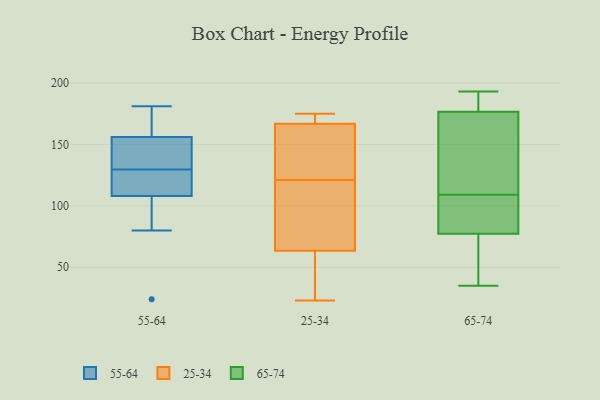
{"axis": {"x": "Demand Index", "y": "Value"}, "legend": ["25-34", "55-64", "65-74"], "data": [{"x": "", "y": 158, "type": "55-64"}, {"x": "", "y": 80, "type": "55-64"}, {"x": "", "y": 149, "type": "55-64"}, {"x": "", "y": 104, "type": "55-64"}, {"x": "", "y": 181, "type": "55-64"}, {"x": "", "y": 154, "type": "55-64"}, {"x": "", "y": 137, "type": "55-64"}, {"x": "", "y": 122, "type": "55-64"}, {"x": "", "y": 178, "type": "55-64"}, {"x": "", "y": 24, "type": "55-64"}, {"x": "", "y": 112, "type": "55-64"}, {"x": "", "y": 113, "type": "55-64"}, {"x": "", "y": 23, "type": "25-34"}, {"x": "", "y": 168, "type": "25-34"}, {"x": "", "y": 163, "type": "25-34"}, {"x": "", "y": 80, "type": "25-34"}, {"x": "", "y": 47, "type": "25-34"}, {"x": "", "y": 168, "type": "25-34"}, {"x": "", "y": 62, "type": "25-34"}, {"x": "", "y": 121, "type": "25-34"}, {"x": "", "y": 89, "type": "25-34"}, {"x": "", "y": 61, "type": "25-34"}, {"x": "", "y": 123, "type": "25-34"}, {"x": "", "y": 68, "type": "25-34"}, {"x": "", "y": 172, "type": "25-34"}, {"x": "", "y": 175, "type": "25-34"}, {"x": "", "y": 137, "type": "25-34"}, {"x": "", "y": 148, "type": "65-74"}, {"x": "", "y": 186, "type": "65-74"}, {"x": "", "y": 193, "type": "65-74"}, {"x": "", "y": 46, "type": "65-74"}, {"x": "", "y": 35, "type": "65-74"}, {"x": "", "y": 77, "type": "65-74"}, {"x": "", "y": 189, "type": "65-74"}, {"x": "", "y": 141, "type": "65-74"}, {"x": "", "y": 78, "type": "65-74"}, {"x": "", "y": 92, "type": "65-74"}, {"x": "", "y": 109, "type": "65-74"}]}